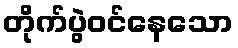
တိုက်ပွဲဝင်နေသော